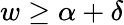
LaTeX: w\geq\alpha+\delta